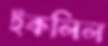
ইকলিল